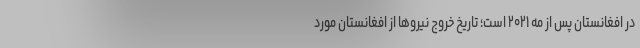
در افغانستان پس از مه ۲۰۲۱ است؛ تاریخ خروج نیروها از افغانستان مورد